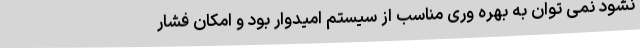
نشود نمی توان به بهره وری مناسب از سیستم امیدوار بود و امکان فشار